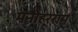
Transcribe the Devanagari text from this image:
मनोहरराम